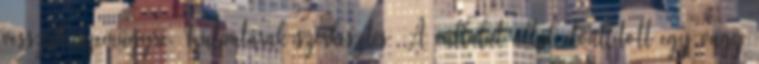
vesszük szemügyre. Outputárak szerkesztés A vállalat által előállított egy vagy